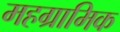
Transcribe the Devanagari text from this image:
महग्रामिक